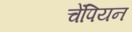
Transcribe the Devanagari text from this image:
चेंपियन